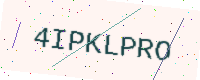
Text: 4IPKLPRO